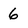
Character: 6